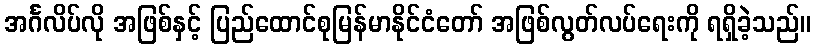
အင်္ဂလိပ်လို အဖြစ်နှင့် ပြည်ထောင်စုမြန်မာနိုင်ငံတော် အဖြစ်လွတ်လပ်ရေးကို ရရှိခဲ့သည်။